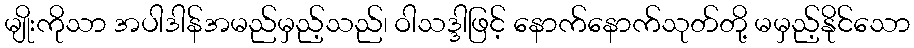
မျိုးကိုသာ အပါဒါန်အမည်မှည့်သည်၊ ဝါသဒ္ဒါဖြင့် နောက်နောက်သုတ်တို့ မမှည့်နိုင်သော